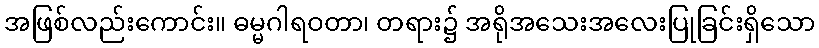
အဖြစ်လည်းကောင်း။ ဓမ္မဂါရဝတာ၊ တရား၌ အရိုအသေးအလေးပြုခြင်းရှိသော